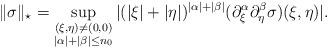
LaTeX: \begin{align*}\| \sigma\|_{\star} = \sup_{\substack{ (\xi,\eta) \ne (0,0)\\|\alpha|+|\beta| \le n_0}} | (|\xi|+|\eta|)^{|\alpha|+|\beta|}(\partial_{\xi}^{\alpha} \partial_{\eta}^{\beta} \sigma) (\xi,\eta) |.\end{align*}